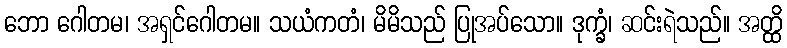
ဘော ဂေါတမ၊ အရှင်ဂေါတမ။ သယံကတံ၊ မိမိသည် ပြုအပ်သော။ ဒုက္ခံ၊ ဆင်းရဲသည်။ အတ္ထိ